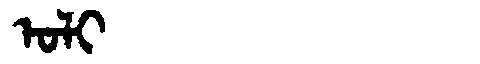
Manchu: ᠣᠯᡳ
Romanization: OLI